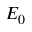
E _ { 0 }